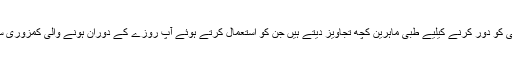
ان نمکیا ت اور توانائی کی کمی کو دور کرنے کیلیے طبّی ماہرین کچھ تجاویز دیتے ہیں جن کو استعمال کرتے ہوئے آپ روزے کے دوران ہونے والی کمزوری سے نجات حاصل کرسکتےہیں۔